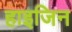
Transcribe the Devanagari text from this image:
हाइजिन